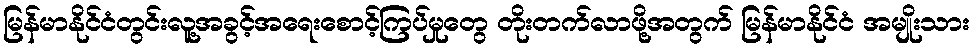
မြန်မာနိုင်ငံတွင်းလူ့အခွင့်အရေးစောင့်ကြပ်မှုတွေ တိုးတက်လာဖို့အတွက် မြန်မာနိုင်ငံ အမျိုးသား